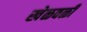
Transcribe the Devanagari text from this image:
खेळवळी